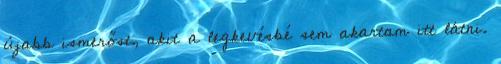
újabb ismerőst, akit a legkevésbé sem akartam itt látni.